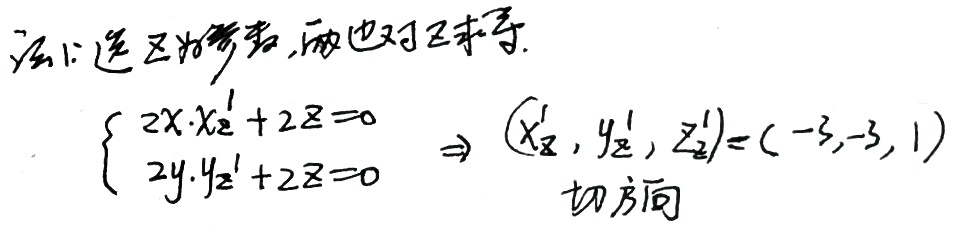
法1: 选 \(z\) 为参者, 函数也对 \(z\) 求导.
\(\begin{cases}2x\cdot x_{z}'+2z = 0\\2y\cdot y_{z}'+2z = 0\end{cases}\Rightarrow (x_{z}',y_{z}',z_{z}')=(-3,-3,1)\) 切方向